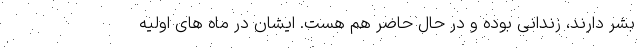
بشر دارند، زندانی بوده و در حال حاضر هم هست. ایشان در ماه های اولیه